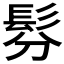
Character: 𩬉